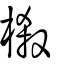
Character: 榝